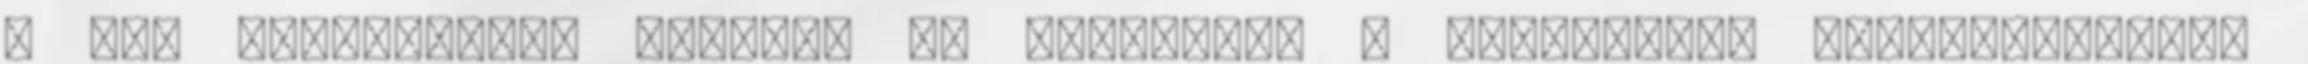
a .hu értékesebb, azonban az külföldön a nemzetközi kiterjesztések